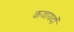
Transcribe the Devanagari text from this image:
कवायदों